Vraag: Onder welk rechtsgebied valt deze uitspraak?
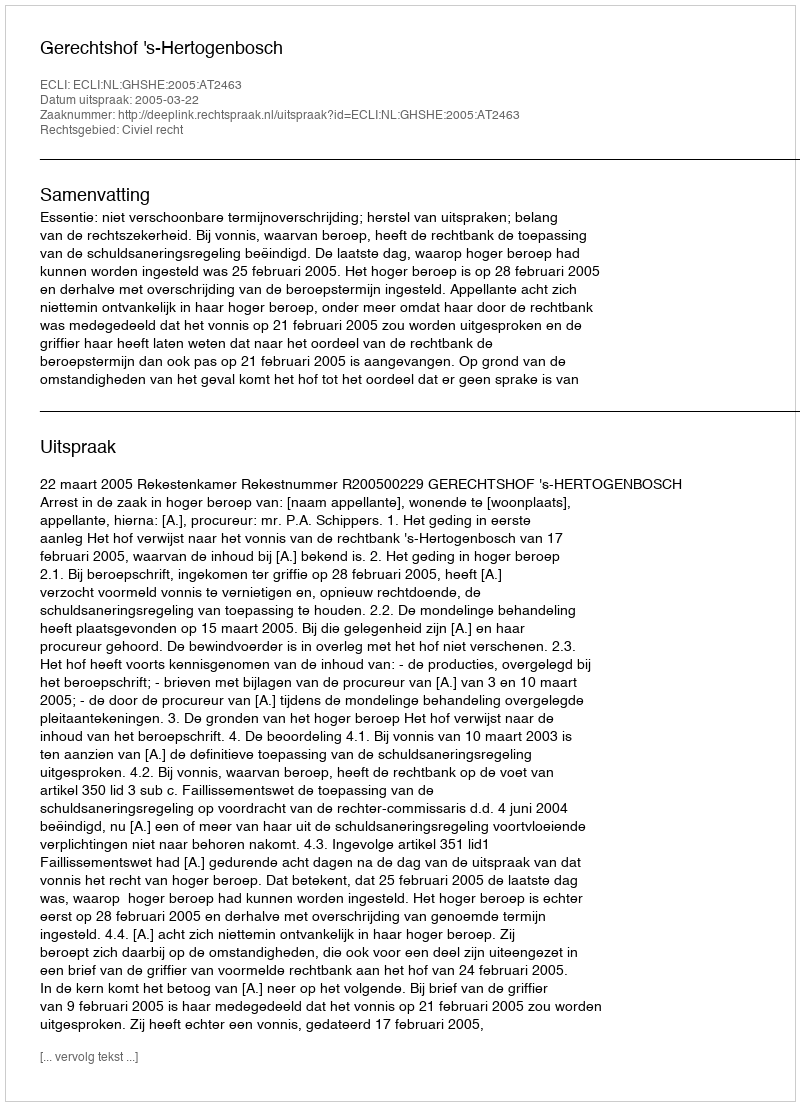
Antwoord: Civiel recht